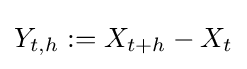
Y_{t,h}:=X_{t+h}-X_{t}